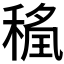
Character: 𮃖